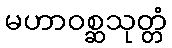
မဟာဝစ္ဆသုတ္တံ